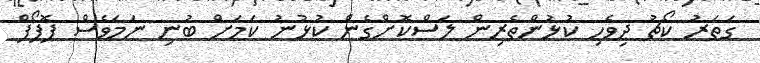
ގަތަރު ކޯޗު ދިވެހި ކުޅުންތެރިން ލަސްކޮށްގެން ކުޅުނު ކަމަށް ބުނި ނަމަވެސް ޕޮޕޯފް